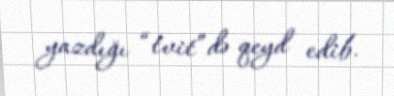
yazdığı “tvit”də qeyd edib.